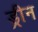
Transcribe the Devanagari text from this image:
ड्रीन